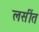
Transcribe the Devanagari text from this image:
लसींत